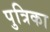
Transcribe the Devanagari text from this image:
पुत्रिका